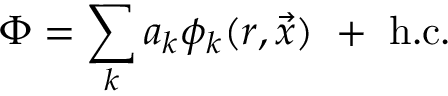
\Phi = \sum _ { k } a _ { k } \phi _ { k } ( r , \vec { x } ) \ + \ \mathrm { h . c . }